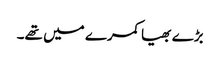
بڑے بھیا کمرے میں تھے۔